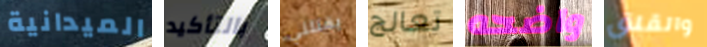
الميدانية بالتأكيد يقتلني تعالج واضحه والقلق